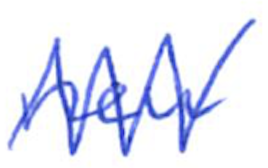
Text: new
Cross-out: zig-zag
Writing tool: ballpoint